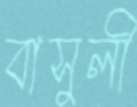
বাসুলী